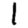
Digit: 1